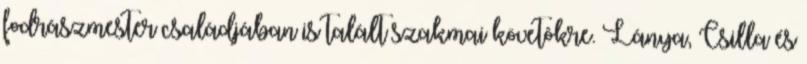
fodrászmester családjában is talált szakmai követôkre. Lánya, Csilla és